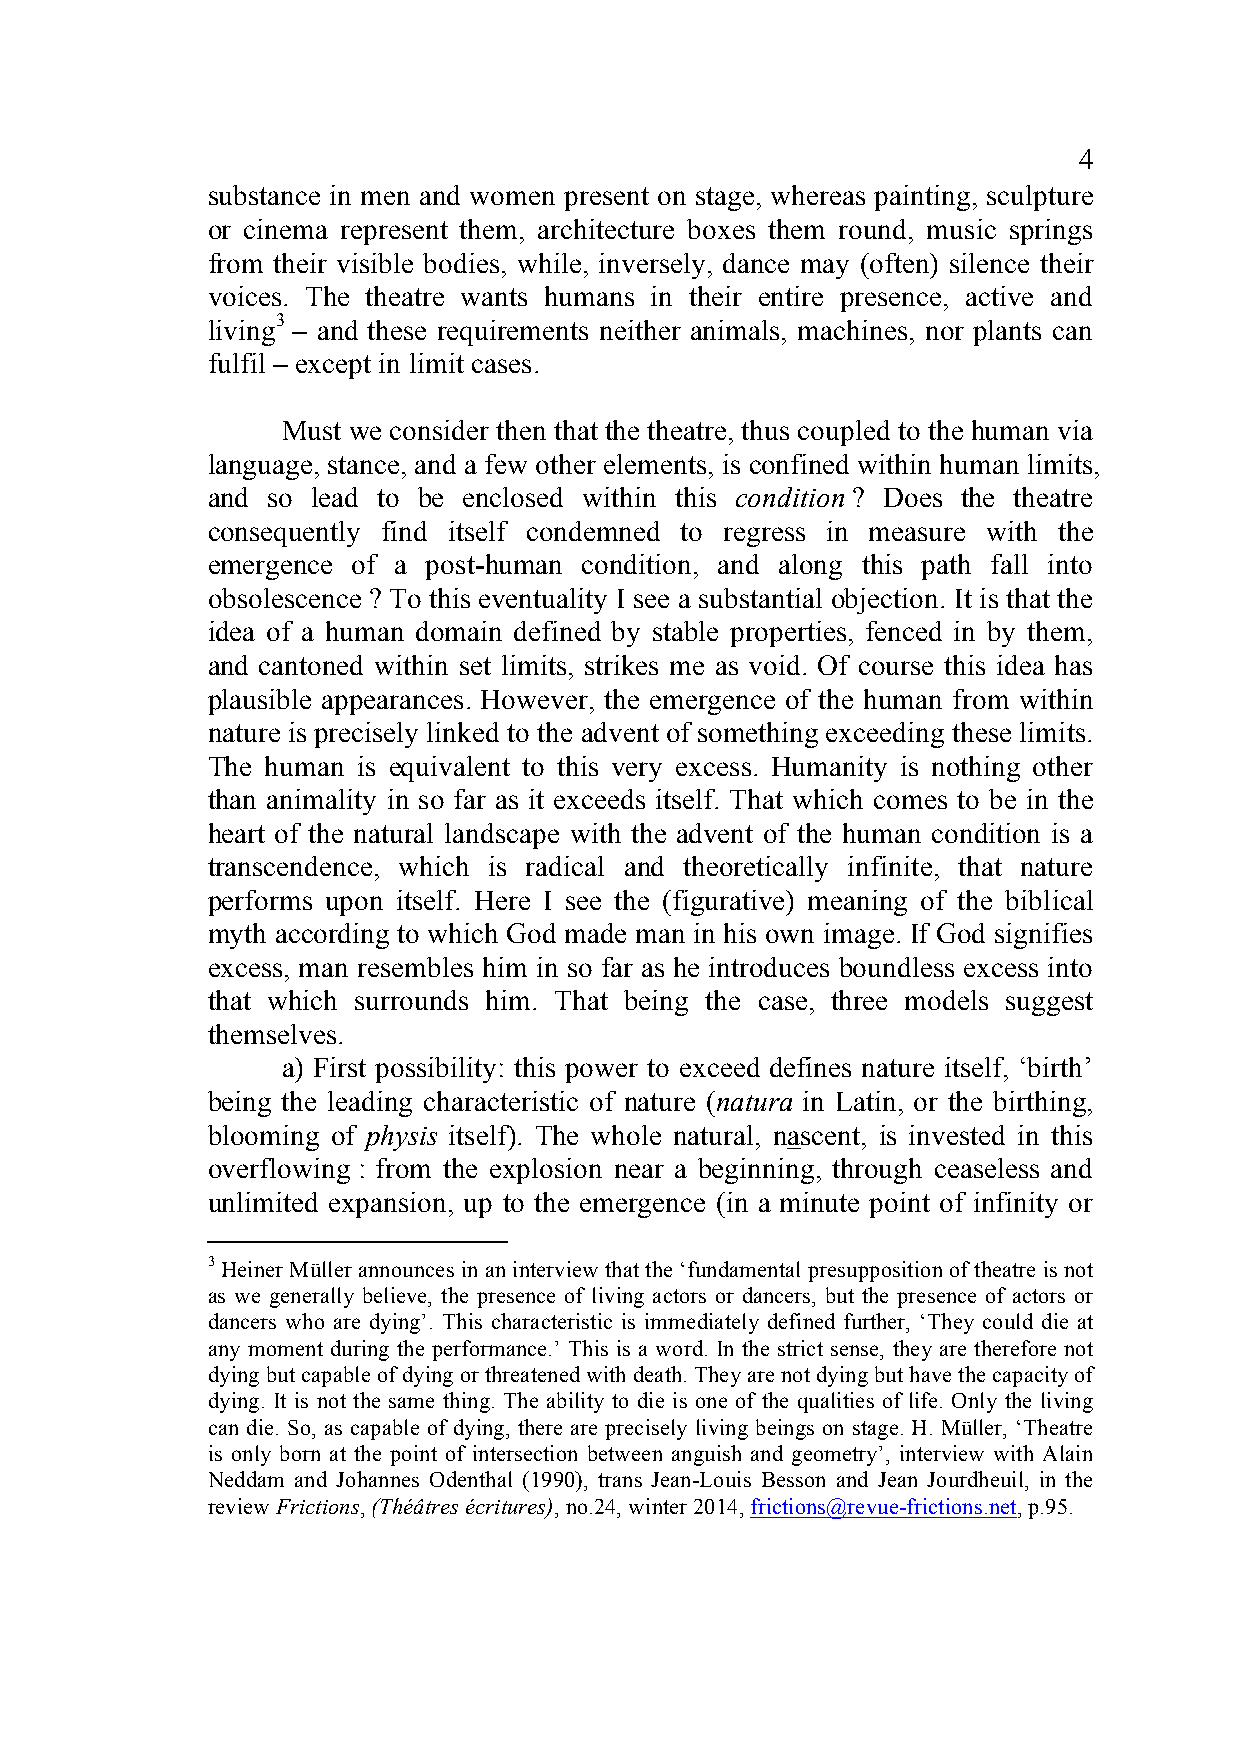
4
 substance in men and women present on stage, whereas painting, sculpture
 or cinema represent them, architecture boxes them round, music springs
 from their visible bodies, while, inversely, dance may (often) silence their
 voices. The theatre wants humans in their entire presence, active and
 living3 – and these requirements neither animals, machines, nor plants can
 fulfil – except in limit cases.
 Must we consider then that the theatre, thus coupled to the human via
 language, stance, and a few other elements, is confined within human limits,
 and so lead to be enclosed within this condition ? Does the theatre
 consequently find itself condemned to regress in measure with the
 emergence of a post-human condition, and along this path fall into
 obsolescence ? To this eventuality I see a substantial objection. It is that the
 idea of a human domain defined by stable properties, fenced in by them,
 and cantoned within set limits, strikes me as void. Of course this idea has
 plausible appearances. However, the emergence of the human from within
 nature is precisely linked to the advent of something exceeding these limits.
 The human is equivalent to this very excess. Humanity is nothing other
 than animality in so far as it exceeds itself. That which comes to be in the
 heart of the natural landscape with the advent of the human condition is a
 transcendence, which is radical and theoretically infinite, that nature
 performs upon itself. Here I see the (figurative) meaning of the biblical
 myth according to which God made man in his own image. If God signifies
 excess, man resembles him in so far as he introduces boundless excess into
 that which surrounds him. That being the case, three models suggest
 themselves.
 a) First possibility: this power to exceed defines nature itself, ‘birth’
 being the leading characteristic of nature (natura in Latin, or the birthing,
 blooming of physis itself). The whole natural, nascent, is invested in this
 overflowing : from the explosion near a beginning, through ceaseless and
 unlimited expansion, up to the emergence (in a minute point of infinity or
 3 Heiner Müller announces in an interview that the ‘fundamental presupposition of theatre is not
 as we generally believe, the presence of living actors or dancers, but the presence of actors or
 dancers who are dying’. This characteristic is immediately defined further, ‘They could die at
 any moment during the performance.’ This is a word. In the strict sense, they are therefore not
 dying but capable of dying or threatened with death. They are not dying but have the capacity of
 dying. It is not the same thing. The ability to die is one of the qualities of life. Only the living
 can die. So, as capable of dying, there are precisely living beings on stage. H. Müller, ‘Theatre
 is only born at the point of intersection between anguish and geometry’, interview with Alain
 Neddam and Johannes Odenthal (1990), trans Jean-Louis Besson and Jean Jourdheuil, in the
 review Frictions, (Théâtres écritures), no.24, winter 2014, frictions@revue-frictions.net, p.95.